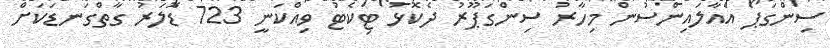
ސިންގަޕޯ އެއާލައިންސުން މިހާރު ސިންގަޕޫރު ދެކޮޅު ޓިކެޓު ވިއްކަނީ 723 ޑޮލަރު ގާތްގަނޑަކަށް